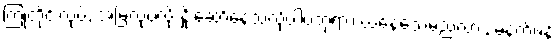
ကြုံတိုင်းလုပ်, အမြဲလုပ်လို့ နှိုးဆော်နေသလိုပါပဲဘုရား၊ ယနေ့သေမည်လား, မနက်ဖန်